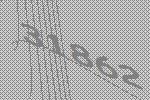
31862